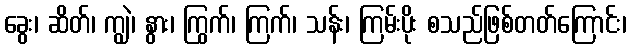
ခွေး၊ ဆိတ်၊ ကျွဲ၊ နွား၊ ကြွက်၊ ကြက်၊ သန်း၊ ကြမ်းပိုး စသည်ဖြစ်တတ်ကြောင်း၊